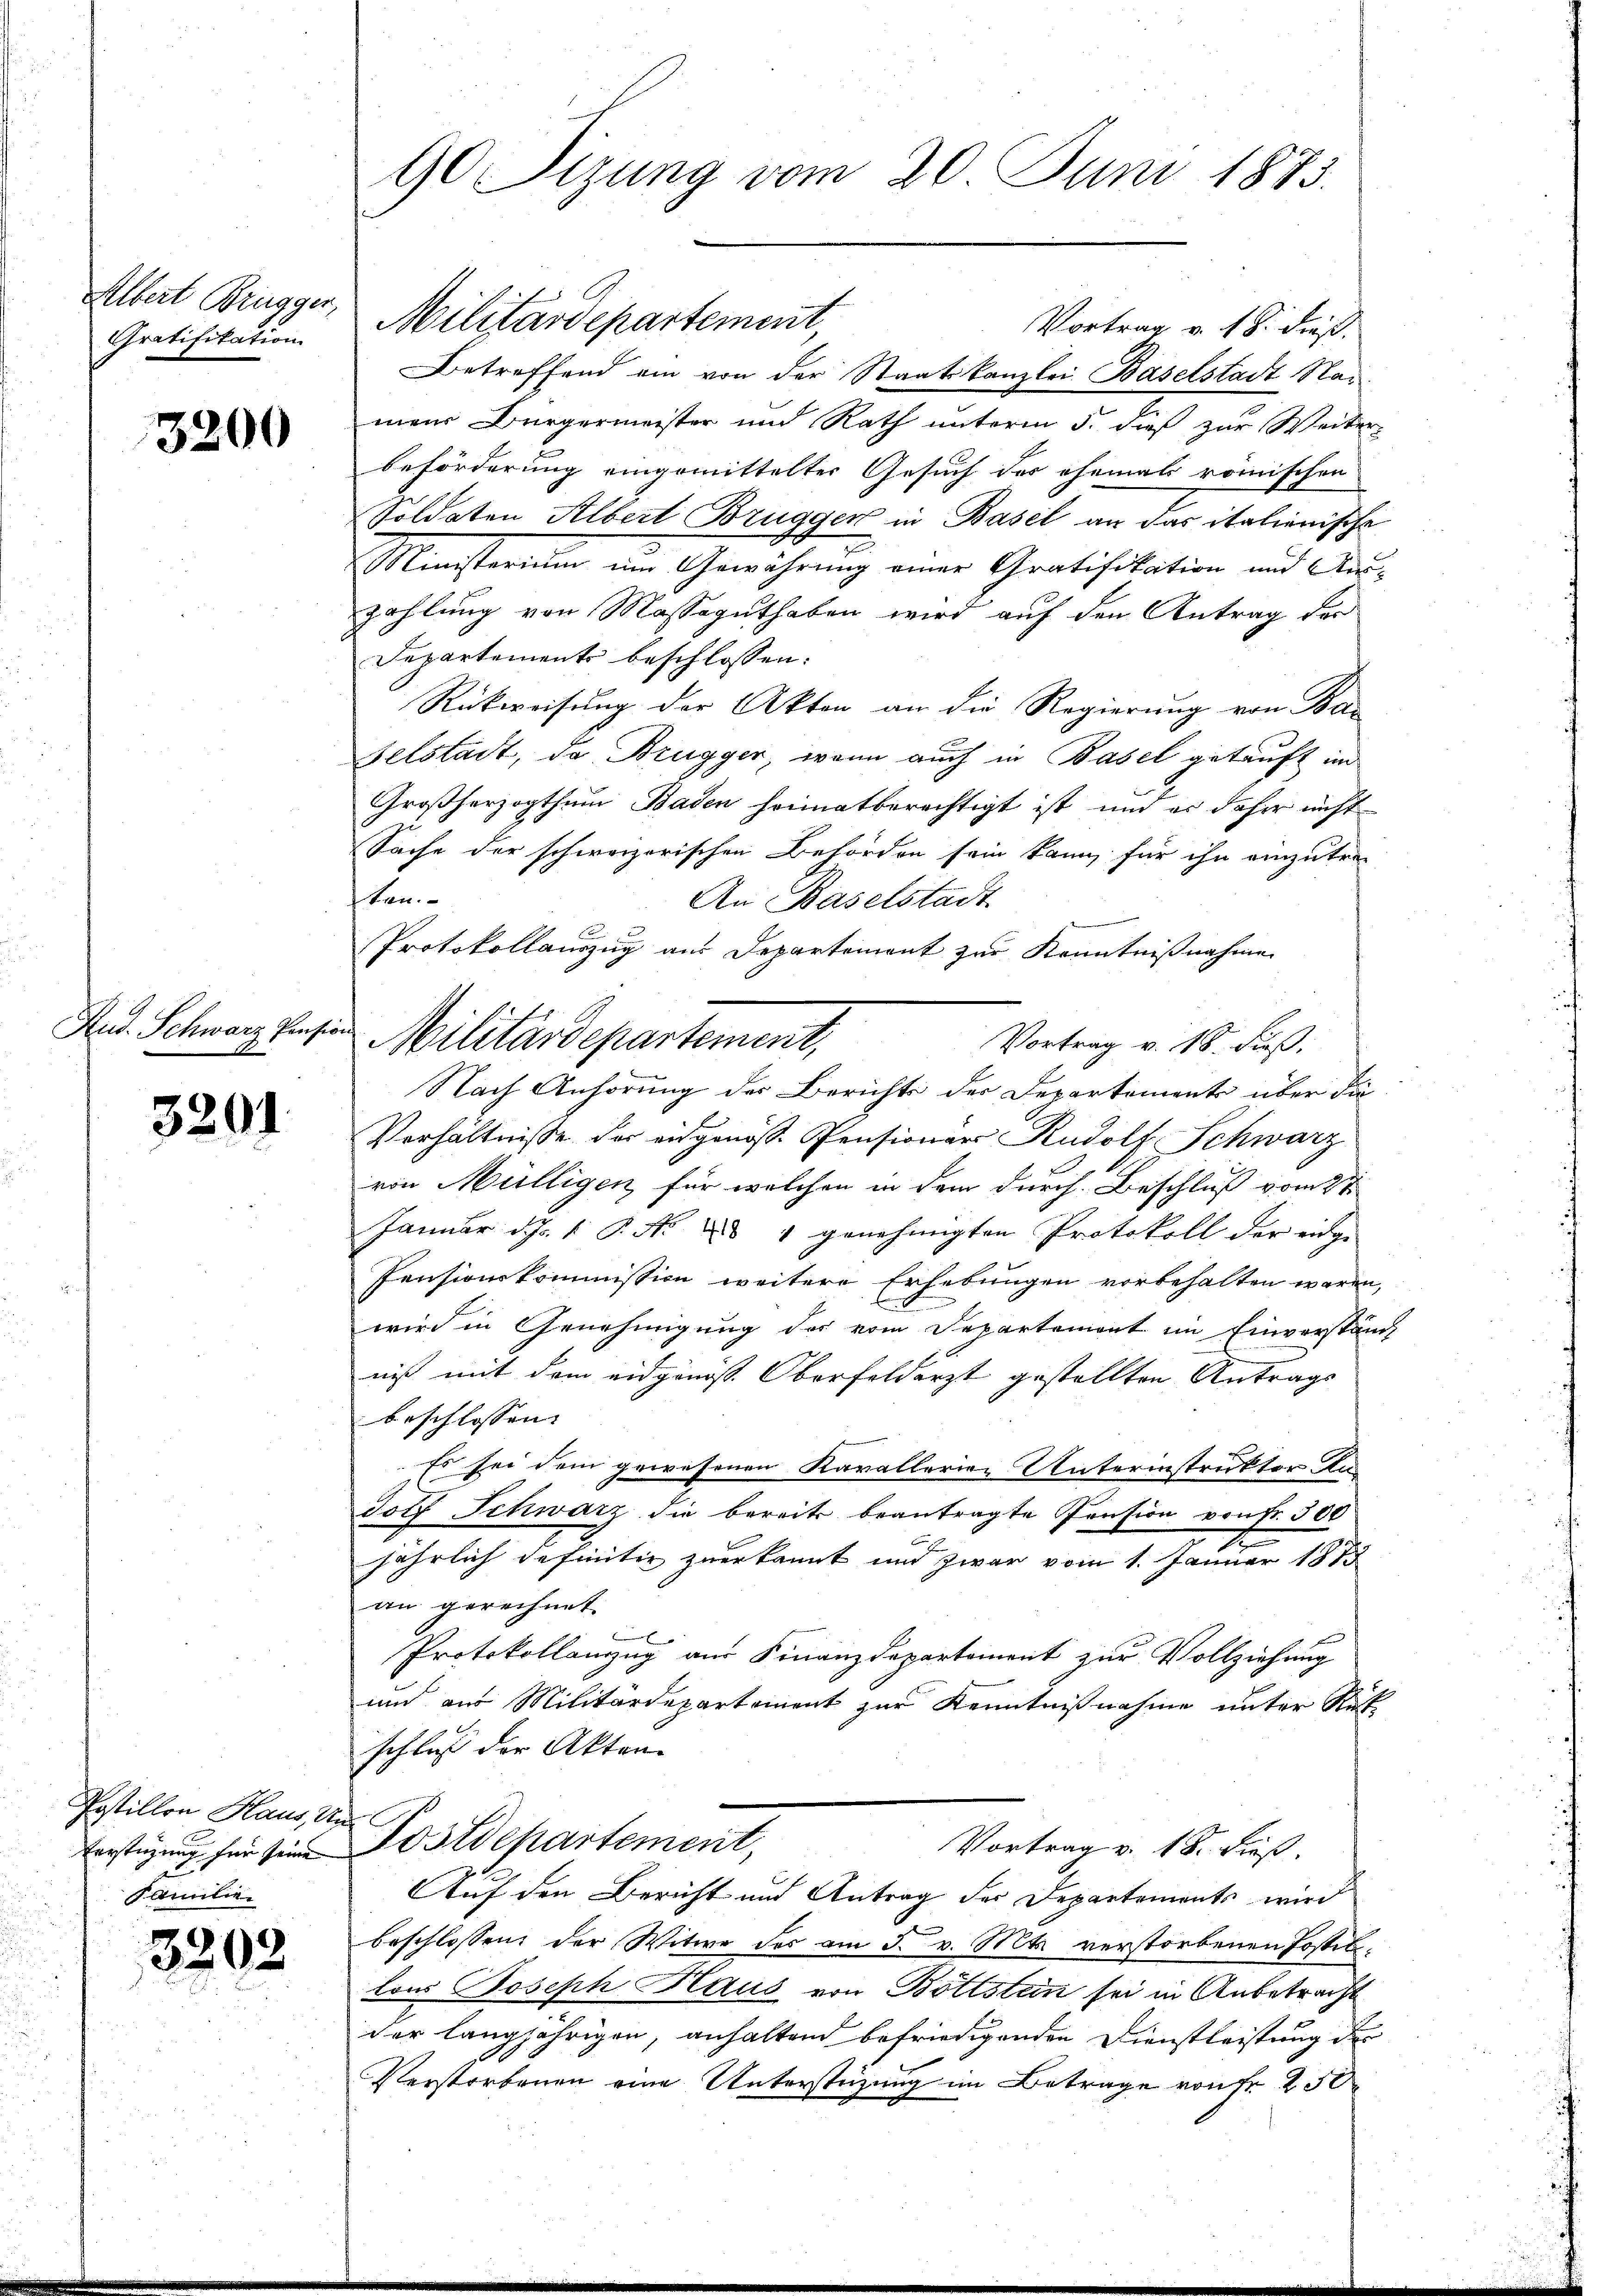
Albert Brugger,
Gratifikation

3200

3201

Postillon Haus, Un¬
Verstüzung für seine
Familien

3202

90 Sizung vom 20. Juni 1873.

Vortrag v. 18. dieß.
Betreffend ein von der Staatskanzlei Baselstadt Namens Bürgermeister und Rath unterm 5. dieß zur Weiter
beförderung eingemittelter Gesuch des ehemals römischen
Soldaten Albert Brugger in Basel an das italienische
Ministerium um Gewährung einer Gratifikation und Auszahlung von Massaguthaben wird auf den Antrag der
Departements beschlossen:
Rückweisung der Akten an die Regierung von Bar
Gelstadt, da Brugger, wenn auch in Basel getauft im
Großherzogthum Baden heimatberechtigt ist, und er daher nicht
Sache der schweizerischen Behörden sein kann, für ihn einzutre-
sten.
An Baselstadt

Protokollauszug aus Departement zur Kenntnißnahme
Vortrag v. 18. dieß.
Nach Anhörung des Berichts der Departemente über die
Verhältnisse der eidgenöss. Pensionar Rudolf Schwarz
von Mülligen, für welchen in dem durch Beschluß vom 2ten
Januar d. 1. P. Nr. 25 " genehmigten Protokoll der eidge
Pensionskommission weitere Erhebungen vorbehalten waren,
wird in Genehmigung des vom Departement im Einverstän-
niß mit dem eidgenöst. Oberfelderst gestellten Antrags
beschlossen:
Es sei dem gewesenen Kavallerien Unterinstruktor An¬
Jotz Schwarz die bereits beantragte Pension von Fr. 300
7
jährlich definitiv zuerkannt und zwar vom 1. Januar 1883
an gerechnet

Protokollanzug aus Finanzdepartement zur Vollziehung
und aus Militärdepartement zur Kenntnißnahme unter Rück
schluß der Akten
Postdepartement,
Vortrag v. 18. dieß.
Auf den Bericht und Antrag der Departements wird
beschlossen der Witwe des am 5. v. Mts. verstorbenen Postellous Joseph Haus von Böttstein sei in Anbetracht
der langjährigen, anhaltend befriedigenden Dienstleistung der
Verstorbenen eine Unterstüzung im Betrage von Fr. 250

Militärdepartement,

Rud. Schwarz diesen Militärdepartement,